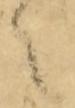
之